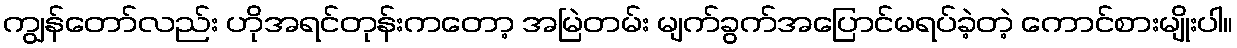
ကျွန်တော်လည်း ဟိုအရင်တုန်းကတော့ အမြဲတမ်း မျက်ခွက်အပြောင်မရပ်ခဲ့တဲ့ ကောင်စားမျိုးပါ။